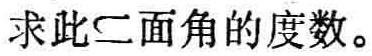
求此二面角的度数。